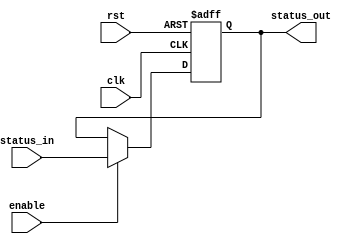
module StatusRegister (input clk, rst, enable, input[3: 0] status_in,
                       output reg[3: 0]status_out);

  always @ (negedge clk, posedge rst) begin
    if (rst)
      status_out <= 4'b 0;
    else if (enable)
      status_out <= status_in;
  end

endmodule // StatusRegister